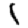
Digit: 1